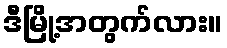
ဒီမြို့အတွက်လား။